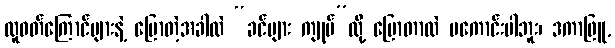
လူဝတ်ကြောင်များနဲ့ ပြောတဲ့အခါလဲ “ခင်ဗျား ကျုပ်”လို့ ပြောတာလဲ မကောင်းပါဘူး၊ ဒကာဖြူ,